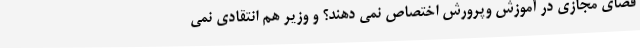
فضای مجازی در آموزش وپرورش اختصاص نمی دهند؟ و وزیر هم انتقادی نمی